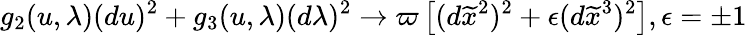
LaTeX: g_{2}(u,\lambda)(du)^{2}+g_{3}(u,\lambda)(d\lambda)^{2}\rightarrow\varpi\left[(d\widetilde{x}^{2})^{2}+\epsilon(d\widetilde{x}^{3})^{2}\right],\epsilon=\pm 1